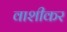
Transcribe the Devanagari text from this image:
वाशीकर